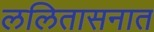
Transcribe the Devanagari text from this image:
ललितासनात